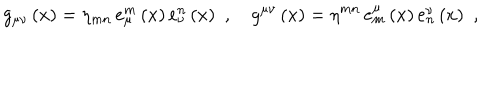
g _ { \mu \nu } \left( x \right) = \eta _ { m n } \, e _ { \mu } ^ { m } \left( x \right) e _ { \nu } ^ { n } \left( x \right) \, \, , \quad g ^ { \mu \nu } \left( x \right) = \eta ^ { m n } \, e _ { m } ^ { \mu } \left( x \right) e _ { n } ^ { \nu } \left( x \right) \, \, ,